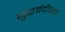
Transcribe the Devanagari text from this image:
युद्धबंदीच्या